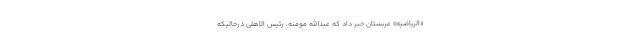
«الریاضیه» عربستان خبر داد که عبدالله مومنه، رئیس الاهلی درحالیکه